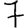
Digit: 7